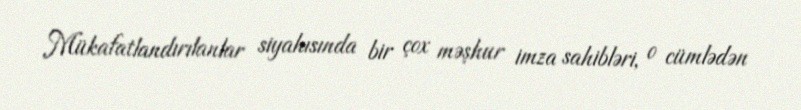
Mükafatlandırılanlar siyahısında bir çox məşhur imza sahibləri, o cümlədən